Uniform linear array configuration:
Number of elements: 12
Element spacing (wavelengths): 1
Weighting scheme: binomial
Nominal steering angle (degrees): -15
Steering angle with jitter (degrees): -16.341
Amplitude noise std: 0.05
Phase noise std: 0.05

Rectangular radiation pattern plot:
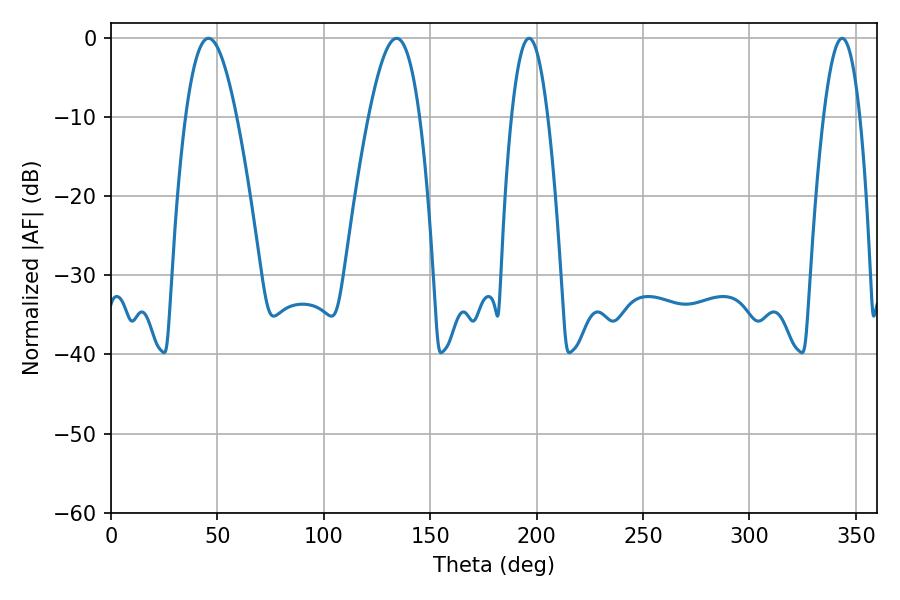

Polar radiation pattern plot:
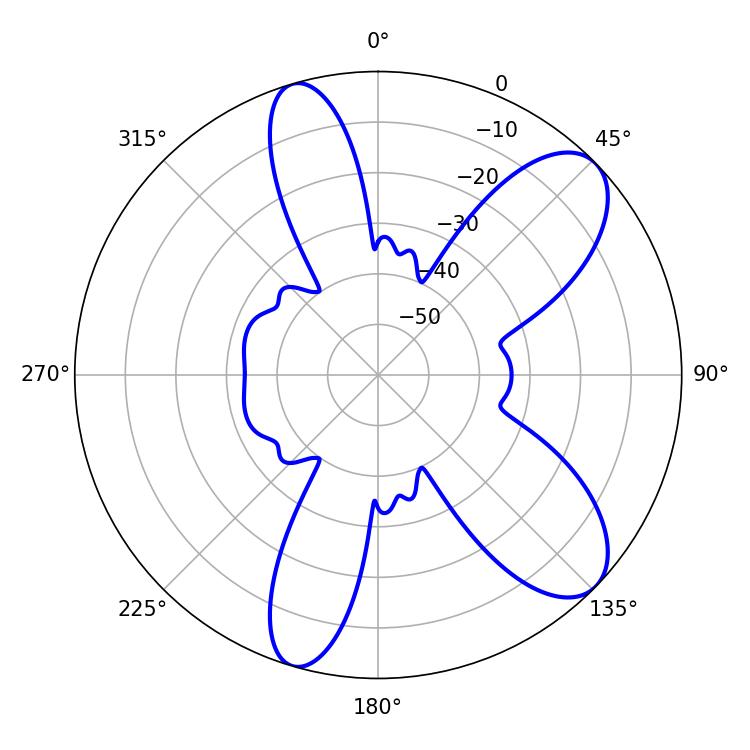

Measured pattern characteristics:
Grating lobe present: TRUE
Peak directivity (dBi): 8.953
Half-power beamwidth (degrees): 9.36
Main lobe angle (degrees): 196.38